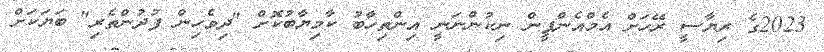
2023ގެ ރިޔާސީ ރޭހަށް އެމްއެންޕީން ނިކުންނަނީ އިންތިހާބު ކާމިޔާބުކޮށް "ދިވެހިން ފުދުންތެރި" ބަޔަކަށް